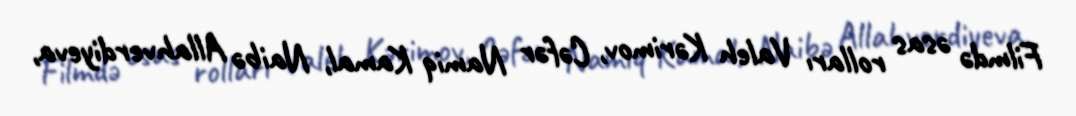
Filmdə əsas rolları Valeh Kərimov, Cəfər Namiq Kamal, Naibə Allahverdiyeva,